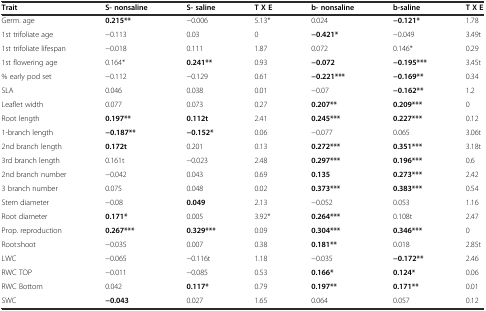
<table><thead><tr><td><b>Trait</b></td><td><b>S- nonsaline</b></td><td><b>S- saline</b></td><td><b>T X E</b></td><td><b>b- nonsaline</b></td><td><b>b-saline</b></td><td><b>T X E</b></td></tr></thead><tbody><tr><td>Germ. age</td><td><b>0.215**</b></td><td>-0.006</td><td>5.13*</td><td>0.024</td><td><b>-0.121*</b></td><td>1.78</td></tr><tr><td>1st trifoliate age</td><td>-0.113</td><td>0.03</td><td>0</td><td><b>-0.421*</b></td><td>-0.049</td><td>3.49t</td></tr><tr><td>1st trifoliate lifespan</td><td>-0.018</td><td>0.111</td><td>1.87</td><td>0.072</td><td>0.146*</td><td>0.29</td></tr><tr><td>1st flowering age</td><td>0.164*</td><td><b>0.241**</b></td><td>0.93</td><td><b>-0.072</b></td><td><b>-0.195***</b></td><td>3.45t</td></tr><tr><td>% early pod set</td><td>-0.112</td><td>-0.129</td><td>0.61</td><td><b>-0.221***</b></td><td><b>-0.169**</b></td><td>0.34</td></tr><tr><td>SLA</td><td>0.046</td><td>0.038</td><td>0.01</td><td>-0.07</td><td><b>-0.162**</b></td><td>1.2</td></tr><tr><td>Leaflet width</td><td>0.077</td><td>0.073</td><td>0.27</td><td><b>0.207**</b></td><td><b>0.209***</b></td><td>0</td></tr><tr><td>Root length</td><td><b>0.197**</b></td><td><b>0.112t</b></td><td>2.41</td><td><b>0.245***</b></td><td><b>0.227***</b></td><td>0.12</td></tr><tr><td>1-branch length</td><td><b>-0.187**</b></td><td><b>-0.152*</b></td><td>0.06</td><td>-0.077</td><td>0.065</td><td>3.06t</td></tr><tr><td>2nd branch length</td><td><b>0.172t</b></td><td>0.201</td><td>0.13</td><td><b>0.272***</b></td><td><b>0.351***</b></td><td>3.18t</td></tr><tr><td>3rd branch length</td><td>0.161t</td><td>-0.023</td><td>2.48</td><td><b>0.297***</b></td><td><b>0.196***</b></td><td>0.6</td></tr><tr><td>2nd branch number</td><td>-0.042</td><td>0.043</td><td>0.69</td><td><b>0.135</b></td><td><b>0.273***</b></td><td>2.42</td></tr><tr><td>3 branch number</td><td>0.075</td><td>0.048</td><td>0.02</td><td><b>0.373***</b></td><td><b>0.383***</b></td><td>0.54</td></tr><tr><td>Stem diameter</td><td>-0.08</td><td><b>0.049</b></td><td>2.13</td><td>-0.052</td><td>0.053</td><td>1.16</td></tr><tr><td>Root diameter</td><td><b>0.171*</b></td><td>0.005</td><td>3.92*</td><td><b>0.264***</b></td><td>0.108t</td><td>2.47</td></tr><tr><td>Prop. reproduction</td><td><b>0.267***</b></td><td><b>0.329***</b></td><td>0.09</td><td><b>0.304***</b></td><td><b>0.346***</b></td><td>0</td></tr><tr><td>Root:shoot</td><td>-0.035</td><td>0.007</td><td>0.38</td><td><b>0.181**</b></td><td>0.018</td><td>2.85t</td></tr><tr><td>LWC</td><td>-0.065</td><td>-0.116t</td><td>1.18</td><td>-0.035</td><td><b>-0.172**</b></td><td>2.46</td></tr><tr><td>RWC TOP</td><td>-0.011</td><td>-0.085</td><td>0.53</td><td><b>0.166*</b></td><td><b>0.124*</b></td><td>0.06</td></tr><tr><td>RWC Bottom</td><td>0.042</td><td><b>0.117*</b></td><td>0.79</td><td><b>0.197**</b></td><td><b>0.171**</b></td><td>0.01</td></tr><tr><td>SWC</td><td><b>-0.043</b></td><td>0.027</td><td>1.65</td><td>0.064</td><td>0.057</td><td>0.12</td></tr></tbody></table>